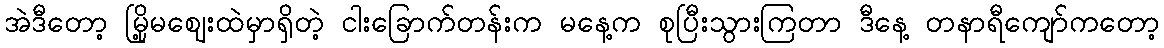
အဲဒီတော့ မြို့မဈေးထဲမှာရှိတဲ့ ငါးခြောက်တန်းက မနေ့က စုပြီးသွားကြတာ ဒီနေ့ တနာရီကျော်ကတော့